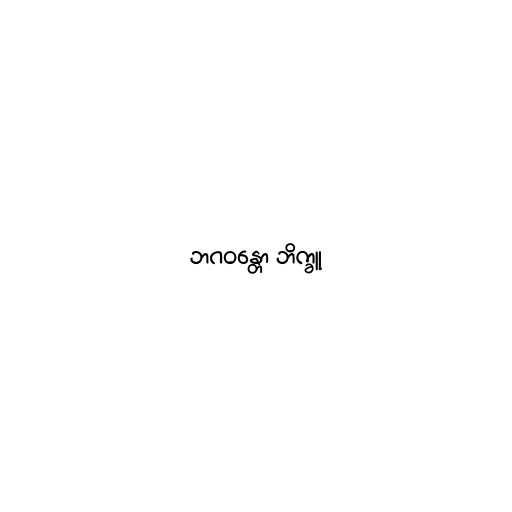
ဘဂဝန္တော ဘိက္ခူ